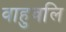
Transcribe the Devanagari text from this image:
वाहुवलि